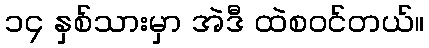
၁၄ နှစ်သားမှာ အဲဒီ ထဲစဝင်တယ်။